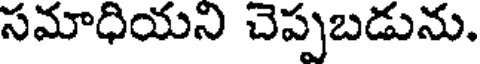
సమాధియని చెప్పబడును.